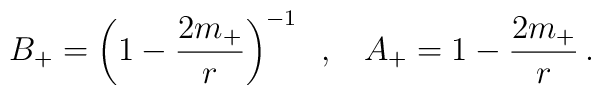
B_{+} = \left(1-\frac{2m_{+}}{r}\right)^{-1} \;\;,\;\;\; A_{+} =1-\frac{2m_{+}}{r} \,.